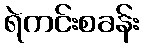
ရဲကင်းစခန်း